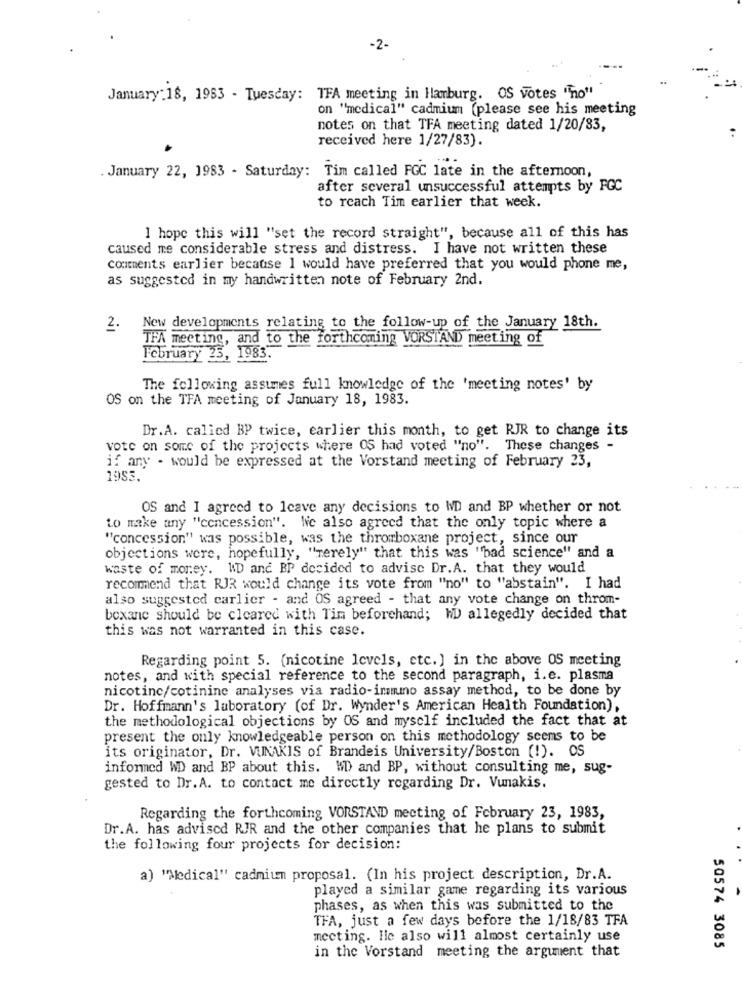
-2-
January:18, 1963 - Tuesday: TFA meeting in Hamburg. OS votes "no"
on "medical" cadmium (please see his meeting
notes on that TFA meeting dated 1/20/83,
received here 1/27/83).
January 22, 1983 - Saturday: Tim called FGC late in the afternoon,
after several unsuccessful attempts by FGC
to reach Tim earlier that week.
I hope this will "set the record straight", because all of this has
caused me considerable stress and distress. I have not written these
comments earlier because I would have preferred that you would phone me,
as suggested in my handwritten note of February 2nd.
2.
New developments relating to the follow-up of the January 18th.
THA meeting, and to the forthcoming VORSTAND meeting of
February 25, 1983.
The following assumes full knowledge of the 'meeting notes' by
OS on the TFA meeting of January 18, 1983.
Dr.A. called BP twice, earlier this month, to get RJR to change its
vote on some of the projects where OS had voted "no". These changes -
if any - would be expressed at the Vorstand meeting of February 23,
1953.
OS and I agreed to leave any decisions to WD and BP whether or not
to make any "concession". We also agreed that the only topic where a
"concession" was possible, was the thromboxane project, since our
objections were, hopefully, "merely" that this was "bad science" and a
waste of money. I'D and BP decided to advise Dr.A. that they would
recommend that RJR would change its vote from "no" to "abstain". I had
also suggested carlier - and OS agreed - that any vote change on throm-
boxane should be cleared with Tim beforehand; HD allegedly decided that
this was not warranted in this case.
Regarding point 5. (nicotine levels, etc.) in the above OS meeting
notes, and with special reference to the second paragraph, i.e. plasma
nicotine/cotinine analyses via radio-immuno assay method, to be done by
Dr. Hoffmann's laboratory (of Dr. Wynder's American Health Foundation),
the methodological objections by OS and myself included the fact that at
present the only knowledgeable person on this methodology seems to be
its originator, Dr. VUNAKIS of Brandeis University/Boston (!). OS
informed WD and BP about this. WD and BP, without consulting me, sug-
gested to Dr. A. to contact me directly regarding Dr. Vunakis.
Regarding the forthcoming VORSTAND meeting of February 23, 1983,
Dr.A. has advised RJR and the other companies that he plans to submit
the following four projects for decision:
a) "Medical" cadmium proposal. (In his project description, Dr.A.
played a similar game regarding its various
phases, as when this was submitted to the
TFA, just a few days before the 1/18/83 TFA
meeting. He also will almost certainly use
in the Vorstand meeting the argument that
50574 3085